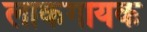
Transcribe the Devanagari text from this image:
लाकगायक